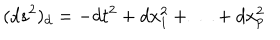
LaTeX: ( d s ^ { 2 } ) _ { d } = - d t ^ { 2 } + d x _ { 1 } ^ { 2 } + \ldots + d x _ { p } ^ { 2 }